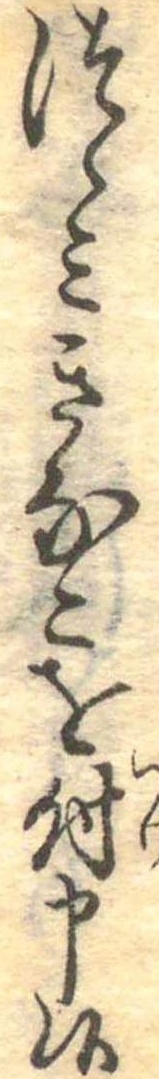
つゝみきなこを付申候